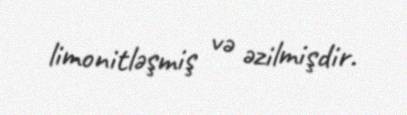
limonitləşmiş və əzilmişdir.